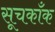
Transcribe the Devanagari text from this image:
सूचकाँक